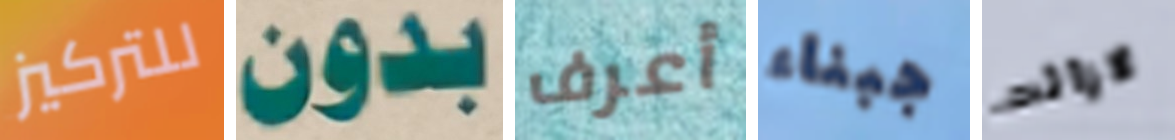
للتركيز بدون أعرف جبناء لازالت